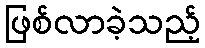
ဖြစ်လာခဲ့သည့်